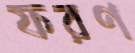
ফরণ